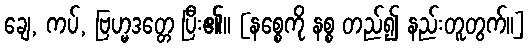
ချေ, ကပ်, ဗြဟ္မဒတ္တေ ပြီး၏။ [နစ္စေကို နစ္စ တည်၍ နည်းတူတွက်။]